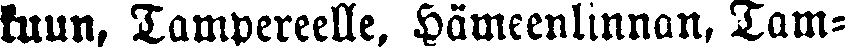
kuun, Tampereelle, Hämeenlinnan, Tam-